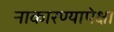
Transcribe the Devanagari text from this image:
नाकारण्यापेक्षा